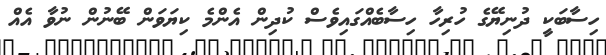
ހިސާބަކީ ދުނިޔޭގެ ހުރިހާ ހިސާބެއްގައިވެސް ކުދިން އެންމެ ކިޔަވަން ބޭނުން ނުވާ އެއް